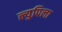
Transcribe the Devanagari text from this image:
ल्युपिला